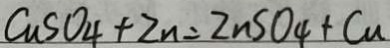
C u S O _ { 4 } + Z n = Z n S O _ { 4 } + C u